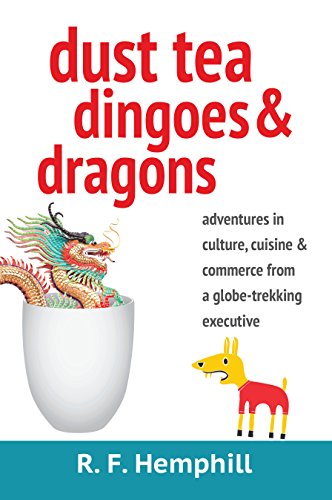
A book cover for Dust Tea, Dingoes and Dragons: Adventures in Culture, Cuisine and Commerce from a globe-trekking executive; R.F. Hemphill; Travel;